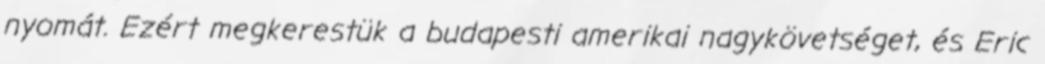
nyomát. Ezért megkerestük a budapesti amerikai nagykövetséget, és Eric